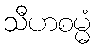
သီဟစမ္မံ